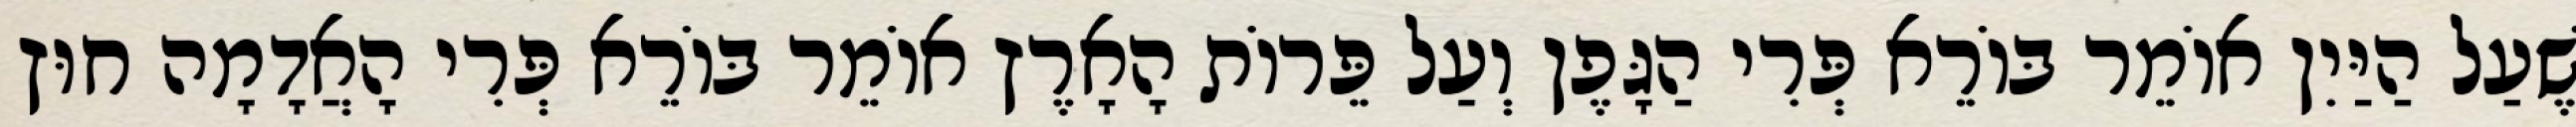
שֶׁעַל הַיַּיִן אוֹמֵר בּוֹרֵא פְּרִי הַגָּפֶן וְעַל פֵּרוֹת הָאָרֶץ אוֹמֵר בּוֹרֵא פְּרִי הָאֲדָמָה חוּץ